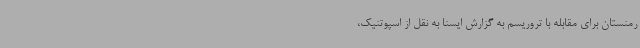
رمنستان برای مقابله با تروریسم به گزارش ایسنا به نقل از اسپوتنیک،